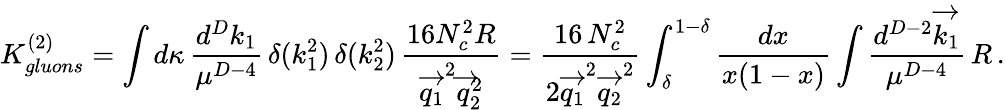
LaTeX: K_{gluons}^{(2)}=\int d\kappa\, \frac{d^{D}k_{1}}{\mu^{D-4}}\, \delta(k_{1}^{2})\, \delta(k_{2}^{2})\, \frac{16N_{c}^{2}R}{\overrightarrow{q_{1}}^{2}\overrightarrow{q}_{2}^{2}}=\frac{16\, N_{c}^{2}}{2\overrightarrow{q_{1}}^{2}\overrightarrow{q_{2}}^{2}}\int_{\delta}^{1-\delta}\frac{dx}{x(1-x)}\int\frac{d^{D-2}\overrightarrow{k_{1}}}{\mu^{D-4}}\, R\, .